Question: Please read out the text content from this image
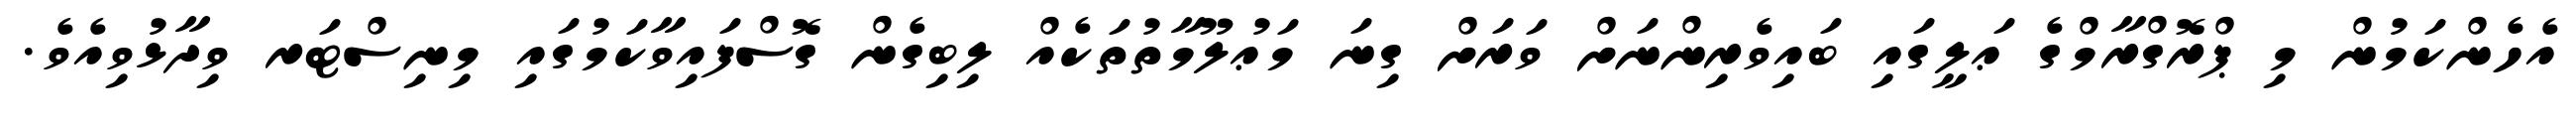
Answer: އެހެންކަމުން މި ޕްރޮގްރާމްގެ ޢަލީގައި ބައިވެރިންނަށް ވަރަށް ގިނަ މަޢުލޫމާތުތަކެއް ލިބިގެން ގޮސްފައިވާކަމުގައި މިނިސްޓަރ ވިދާޅުވިއެވެ.